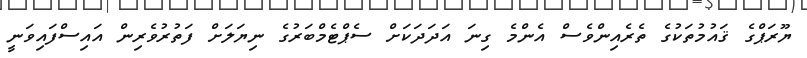
ޔޫރަޕްގެ ޤައުމުތަކުގެ ތެރެއިންވެސް އެންމެ ގިނަ އަދަދަކަށް ސެޕްޓެމްބަރުގެ ނިޔަލަށް ފަތުރުވެރިން އައިސްފައިވަނީ